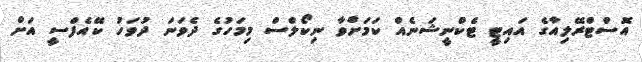
އޮސްޓްރޭލިއާގެ އައިޓީ ޓެކްނީޝަނެއް ކަމަށްވާ ނިކޯލްސް މިމަހުގެ ދެވަނަ ދުވަހު ކޭއެފްސީ އަށް